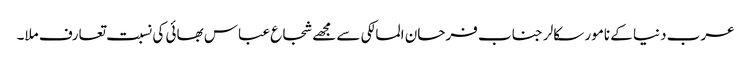
عرب دنیا کے نامور سکالر جناب فرحان المالکی سے مجھے شجاع عباس بھائی کی نسبت تعارف ملا۔